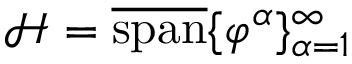
\mathcal { H } = \overline { { \mathrm { s p a n } } } \{ \varphi ^ { \alpha } \} _ { \alpha = 1 } ^ { \infty }